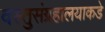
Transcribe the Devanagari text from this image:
वस्तुसंग्रहालयाकडे